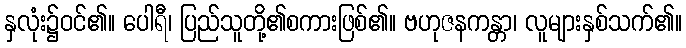
နှလုံး၌ဝင်၏။ ပေါရီ၊ ပြည်သူတို့၏စကားဖြစ်၏။ ဗဟုဇနကန္တာ၊ လူများနှစ်သက်၏။